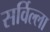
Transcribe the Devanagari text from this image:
सर्विल्ला